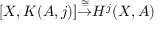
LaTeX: [ X , K ( A , j ) ] { \stackrel { \cong } { \to } } H ^ { j } ( X , A )